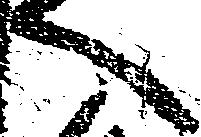
へ